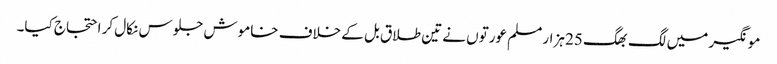
مونگیر میں لگ بھگ 25 ہزار مسلم عورتوں نے تین طلاق بل کے خلاف خاموش جلوس نکال کر احتجاج کیا۔